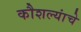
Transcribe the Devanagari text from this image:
कौशल्यांचे